Annual report of the Punjab Veterinary College and of the Civil Veterinary Department, Punjab - 1926-1932
Year: 1926
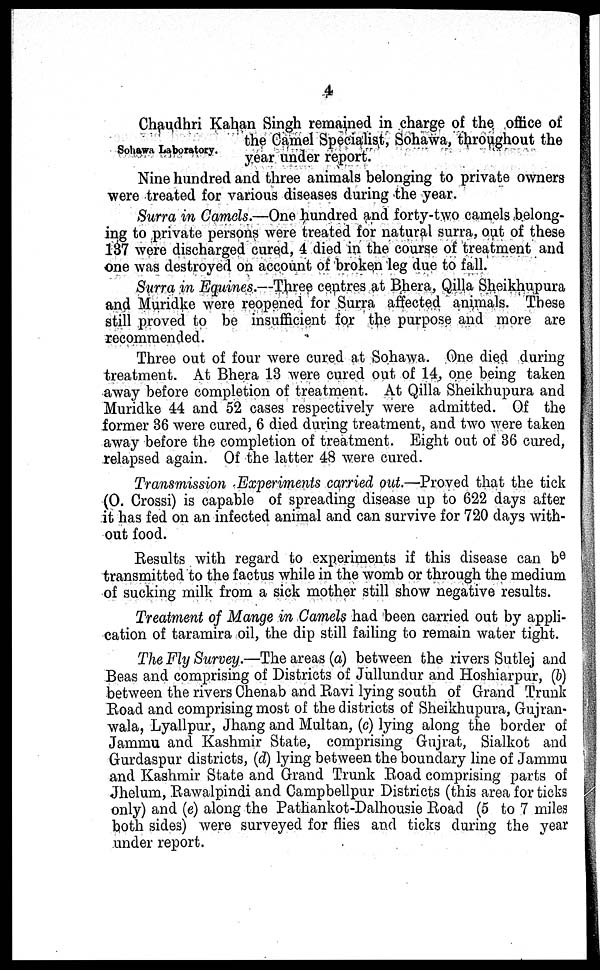
4
Sohawa Laboratory.
Chaudhri Kahan Singh remained in charge of the office of
the Camel Specialist, Sohawa, throughout the
year under report.
Nine hundred and three animals belonging to private owners
were treated for various diseases during the year.
Surra in Camels.—One hundred and forty-two camels belong-
ing to private persons were treated for natural surra, out of these
137 were discharged cured, 4 died in the course of treatment and
one was destroyed on account of broken leg due to fall.
Surra in Equines.—Three centres at Bhera, Qilla Sheikhupura
and Muridke were reopened for Surra affected animals. These
still proved to be insufficient for the purpose and more are
recommended.
Three out of four were cured at Sohawa. One died during
treatment. At Bhera 13 were cured out of 14, one being taken
away before completion of treatment. At Qilla Sheikhupura and
Muridke 44 and 52 cases respectively were admitted. Of the
former 36 were cured, 6 died during treatment, and two were taken
away before the completion of treatment. Eight out of 36 cured,
relapsed again. Of the latter 48 were cured.
Transmission Experiments carried out.—Proved that the tick
(O. Crossi) is capable of spreading disease up to 622 days after
it has fed on an infected animal and can survive for 720 days with-
out food.
Results with regard to experiments if this disease can be
transmitted to the factus while in the womb or through the medium
of sucking milk from a sick mother still show negative results.
Treatment of Mange in Camels had been carried out by appli-
cation of taramira oil, the dip still failing to remain water tight.
The Fly Survey.—The areas (a) between the rivers Sutlej and
Beas and comprising of Districts of Jullundur and Hoshiarpur, (b)
between the rivers Chenab and Ravi lying south of Grand Trunk
Road and comprising most of the districts of Sheikhupura, Gujran-
wala, Lyallpur, Jhang and Multan, (c) lying along the border of
Jammu and Kashmir State, comprising Gujrat, Sialkot and
Gurdaspur districts, (d) lying between the boundary line of Jammu
and Kashmir State and Grand Trunk Road comprising parts of
Jhelum, Rawalpindi and Campbellpur Districts (this area for ticks
only) and (e) along the Pathankot-Dalhousie Road (5 to 7 miles
both sides) were surveyed for flies and ticks during the year
under report.